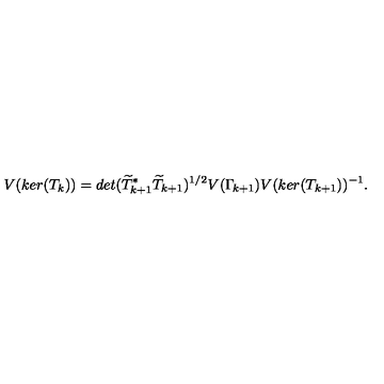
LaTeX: V ( k e r ( T _ { k } ) ) = d e t ( \widetilde { T } _ { k + 1 } ^ { * } \widetilde { T } _ { k + 1 } ) ^ { 1 / 2 } V ( \Gamma _ { \! k + 1 } ) V ( k e r ( T _ { k + 1 } ) ) ^ { - 1 } .